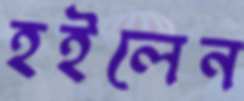
হইলেন